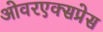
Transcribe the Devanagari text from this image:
ओवरएक्सप्रेस